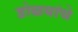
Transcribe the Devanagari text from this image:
डोळयांचे